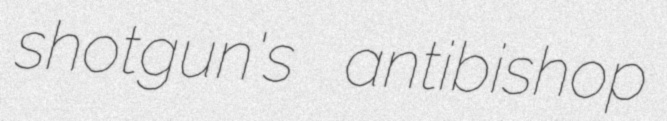
shotgun's antibishop